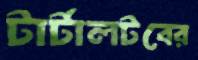
টার্টালটবের